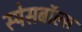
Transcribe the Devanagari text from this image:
स्पेसबॉल्स